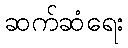
ဆက်ဆံရေး